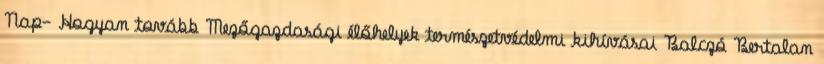
Nap- Hogyan tovább Mezőgazdasági élőhelyek természetvédelmi kihívásai Balczó Bertalan